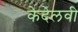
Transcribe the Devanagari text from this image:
केदेलवी